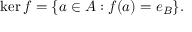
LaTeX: \ker f = \{ a \in A : f ( a ) = e _ { B } \} { \mathrm { . } }